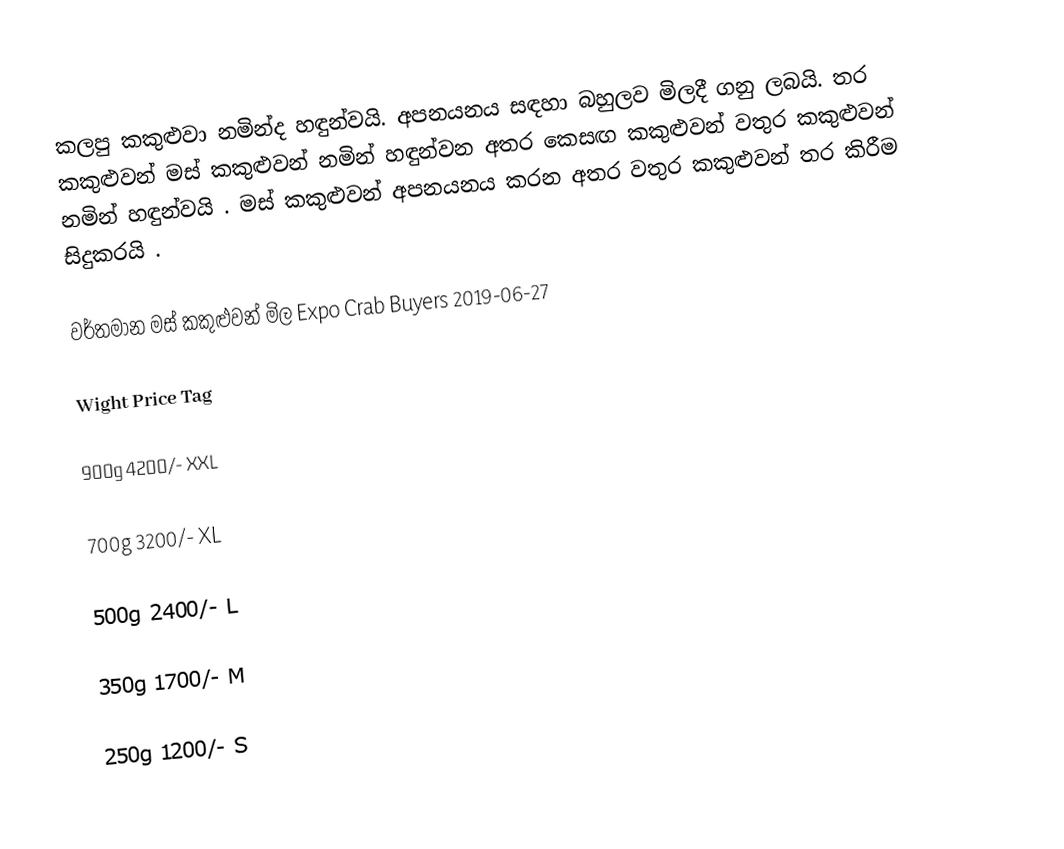
කලපු කකුළුවා නමින්ද හඳුන්වයි. අපනයනය සඳහා බහුලව මිලදී ගනු ලබයි. තර කකුළුවන් මස් කකුළුවන් නමින් හඳුන්වන අතර කෙසඟ කකුළුවන් වතුර කකුළුවන් නමින් හඳුන්වයි . මස් කකුළුවන් අපනයනය කරන අතර වතුර කකුළුවන් තර කිරීම සිදුකරයි .

වර්තමාන මස් කකුළුවන් මිල Expo Crab Buyers 2019-06-27

Wight      Price      Tag

900g        4200/-    XXL

700g        3200/-     XL

500g        2400/-      L

350g        1700/-      M

250g        1200/-      S